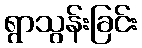
ရွာသွန်းခြင်း